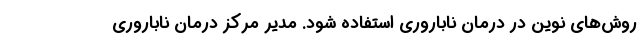
روش‌های نوین در درمان ناباروری استفاده شود. مدیر مرکز درمان ناباروری